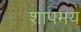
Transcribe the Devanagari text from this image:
शापमय